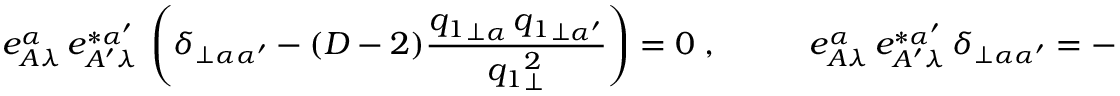
e _ { A \lambda } ^ { \alpha } \, e _ { A ^ { \prime } \lambda } ^ { * \alpha ^ { \prime } } \, \left( \delta _ { \perp \alpha \alpha ^ { \prime } } - ( D - 2 ) \frac { { q _ { 1 } } _ { \perp \alpha } \, { q _ { 1 } } _ { \perp \alpha ^ { \prime } } } { { q _ { 1 } } _ { \perp } ^ { 2 } } \right) = 0 \; , \; \; \; \; \; \; \; \; \; \; e _ { A \lambda } ^ { \alpha } \, e _ { A ^ { \prime } \lambda } ^ { * \alpha ^ { \prime } } \, \delta _ { \perp \alpha \alpha ^ { \prime } } = - 1 \, ,